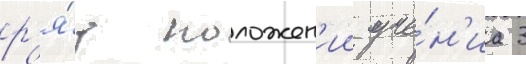
р'я́д положен'ии уче́н'иа 3